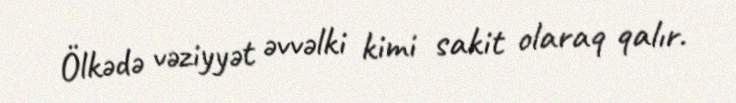
Ölkədə vəziyyət əvvəlki kimi sakit olaraq qalır.